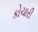
કોચારી